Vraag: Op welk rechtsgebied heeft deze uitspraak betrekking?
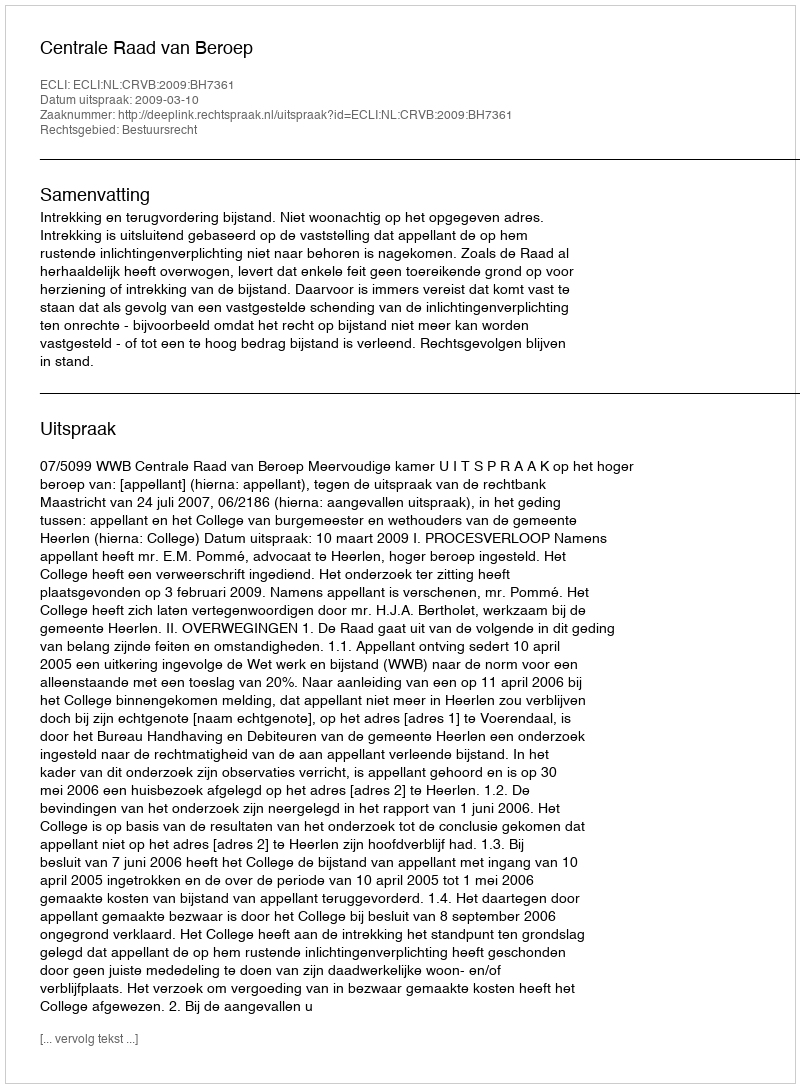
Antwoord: Bestuursrecht